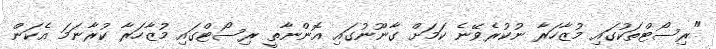
"ރިސޯޓްތަކުގައި މުޒާހަރާ ނުކުރެވޭނެ ކަމަށް ގާނޫނުގައި އޮންނާތީ ރިސޯޓްގައި މުޒާހަރާ ކުރާނަމަ އެކަން